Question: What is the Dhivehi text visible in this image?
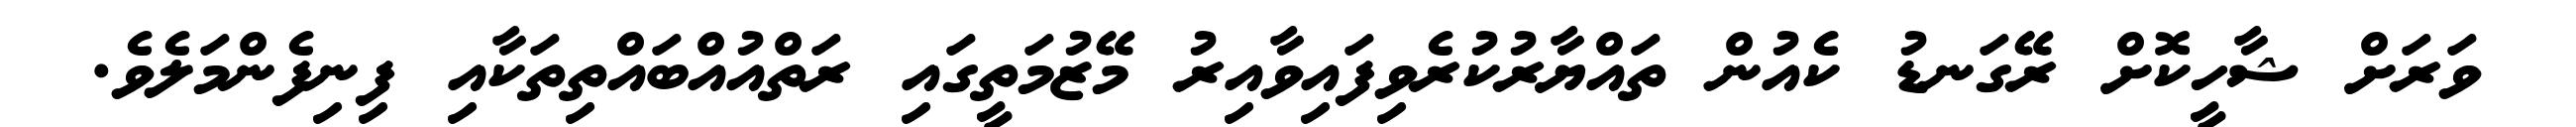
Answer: ވަރަށް ޝާހީކޮށް ރޭގަނޑު ކެއުން ތައްޔާރުކުރެވިފައިވާއިރު މޭޒުމަތީގައި ރަތްއުއްބައްތިތަކާއި ފިނިފެންމަލެވެ.